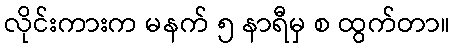
လိုင်းကားက မနက် ၅ နာရီမှ စ ထွက်တာ။